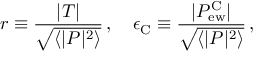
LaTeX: r \equiv \frac { | T | } { \sqrt { \langle | P | ^ { 2 } \rangle } } \, , \quad \epsilon _ { \mathrm { C } } \equiv \frac { | P _ { \mathrm { e w } } ^ { \mathrm { C } } | } { \sqrt { \langle | P | ^ { 2 } \rangle } } \, ,